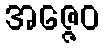
အဇ္ဇေဝ